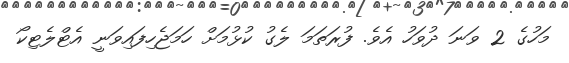
މަހުގެ 2 ވަނަ ދުވަހު އެވެ. ފުރަތަމަ ލެގު ކުޅުމަށް ހަމަޖެހިފައިވަނީ އެޓްލެޓިކޯ